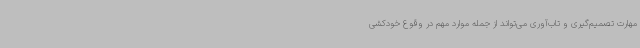
مهارت تصمیم‌گیری و تاب‌آوری می‌تواند از جمله موارد مهم در وقوع خودکشی